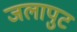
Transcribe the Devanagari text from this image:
जलापुट